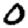
Digit: 0